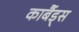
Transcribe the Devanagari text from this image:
कार्बैड्स